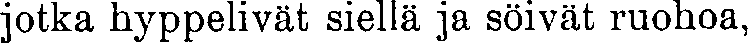
jotka hyppelivät siellä ja söivät ruohoa,